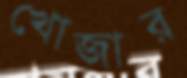
খোজার